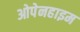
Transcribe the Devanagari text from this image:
ओपेनहाइम